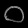
Digit: ၀